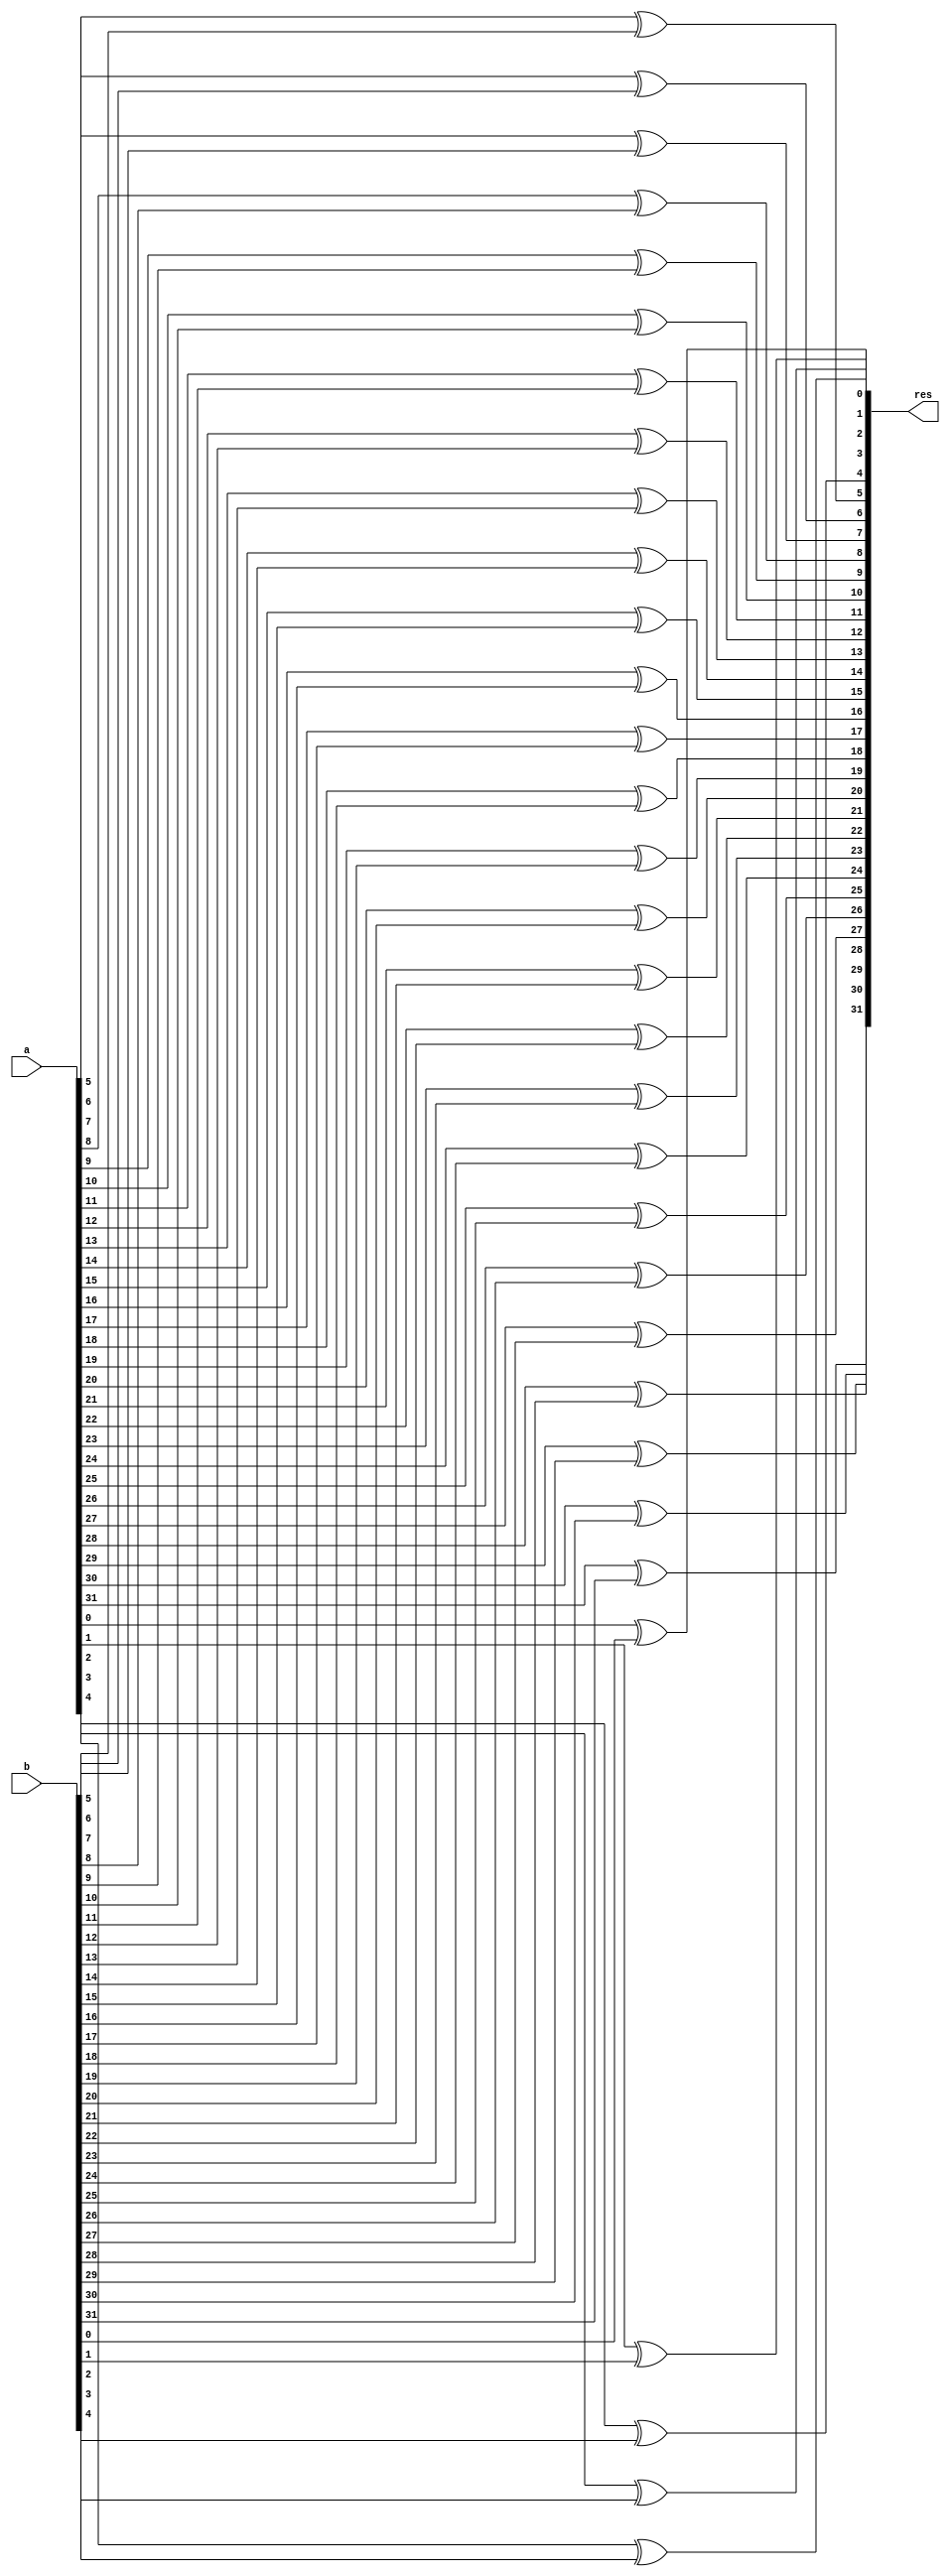
module xor_opr(res, a, b);
input [31:0] a, b;
output [31:0] res;

xor XO0(res[0], a[0], b[0]),
	 XO1(res[1], a[1], b[1]),
	 XO2(res[2], a[2], b[2]),
	 XO3(res[3], a[3], b[3]),
	 XO4(res[4], a[4], b[4]),
	 XO5(res[5], a[5], b[5]),
	 XO6(res[6], a[6], b[6]),
	 XO7(res[7], a[7], b[7]),
	 XO8(res[8], a[8], b[8]),
	 XO9(res[9], a[9], b[9]),
	 XO10(res[10], a[10], b[10]),
	 XO11(res[11], a[11], b[11]),
	 XO12(res[12], a[12], b[12]),
	 XO13(res[13], a[13], b[13]),
	 XO14(res[14], a[14], b[14]),
	 XO15(res[15], a[15], b[15]),
	 XO16(res[16], a[16], b[16]),
	 XO17(res[17], a[17], b[17]),
	 XO18(res[18], a[18], b[18]),
	 XO19(res[19], a[19], b[19]),
	 XO20(res[20], a[20], b[20]),
	 XO21(res[21], a[21], b[21]),
	 XO22(res[22], a[22], b[22]),
	 XO23(res[23], a[23], b[23]),
	 XO24(res[24], a[24], b[24]),
	 XO25(res[25], a[25], b[25]),
	 XO26(res[26], a[26], b[26]),
	 XO27(res[27], a[27], b[27]),
	 XO28(res[28], a[28], b[28]),
	 XO29(res[29], a[29], b[29]),
	 XO30(res[30], a[30], b[30]),
	 XO31(res[31], a[31], b[31]);

endmodule